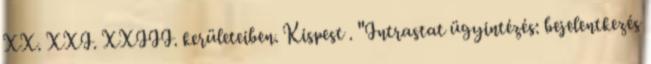
XX. XXI. XXIII. kerületeiben. Kispest . "Intrastat ügyintézés: bejelentkezés